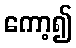
ကော့၍